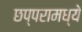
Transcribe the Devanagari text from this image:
छप्परामध्ये